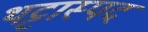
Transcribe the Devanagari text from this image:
थट्टास्पद